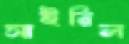
সাইরিল